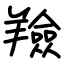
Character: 羷